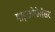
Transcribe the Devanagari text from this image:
माइक्रोप्रोसैसर